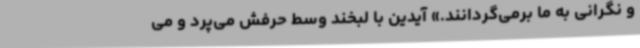
و نگرانی به ما برمی‌گردانند.» آیدین با لبخند وسط حرفش می‌پرد و می